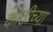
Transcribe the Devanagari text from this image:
कोठीच्या